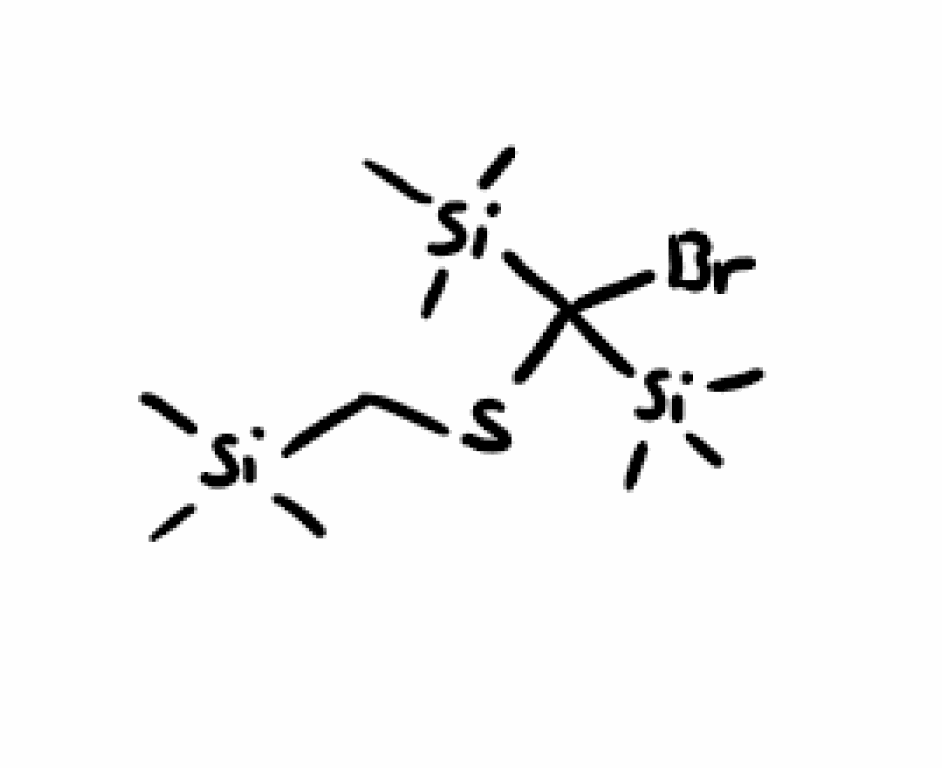
Simplified molecular-input line-entry system (SMILES) notation of the given molecule:
C[Si](C)(C)CSC([Si](C)(C)C)([Si](C)(C)C)Br